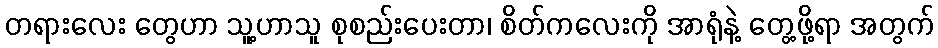
တရားလေး တွေဟာ သူ့ဟာသူ စုစည်းပေးတာ၊ စိတ်ကလေးကို အာရုံနဲ့ တွေ့ဖို့ရာ အတွက်